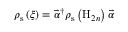
\boldsymbol { \rho } _ { \mathrm { s } } \left( \xi \right) = \vec { \alpha } ^ { \dagger } \boldsymbol { \rho } _ { \mathrm { s } } \left( \mathrm { H } _ { 2 n } \right) \vec { \alpha }